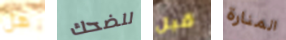
هل للضحك قبل المنارة